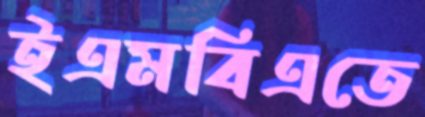
ইএমবিএতে